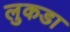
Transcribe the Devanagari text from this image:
लुकडा